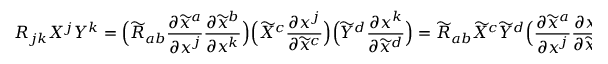
R _ { j k } X ^ { j } Y ^ { k } = { \Big ( } { \widetilde { R } } _ { a b } { \frac { \partial { \widetilde { x } } ^ { a } } { \partial x ^ { j } } } { \frac { \partial { \widetilde { x } } ^ { b } } { \partial x ^ { k } } } { \Big ) } { \Big ( } { \widetilde { X } } ^ { c } { \frac { \partial x ^ { j } } { \partial { \widetilde { x } } ^ { c } } } { \Big ) } { \Big ( } { \widetilde { Y } } ^ { d } { \frac { \partial x ^ { k } } { \partial { \widetilde { x } } ^ { d } } } { \Big ) } = { \widetilde { R } } _ { a b } { \widetilde { X } } ^ { c } { \widetilde { Y } } ^ { d } { \Big ( } { \frac { \partial { \widetilde { x } } ^ { a } } { \partial x ^ { j } } } { \frac { \partial x ^ { j } } { \partial { \widetilde { x } } ^ { c } } } { \Big ) } { \Big ( } { \frac { \partial { \widetilde { x } } ^ { b } } { \partial x ^ { k } } } { \frac { \partial x ^ { k } } { \partial { \widetilde { x } } ^ { d } } } { \Big ) } = { \widetilde { R } } _ { a b } { \widetilde { X } } ^ { c } { \widetilde { Y } } ^ { d } \delta _ { c } ^ { a } \delta _ { d } ^ { b } = { \widetilde { R } } _ { a b } { \widetilde { X } } ^ { a } { \widetilde { Y } } ^ { b } .